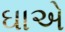
ઘાએ